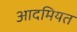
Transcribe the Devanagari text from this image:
आदमियत